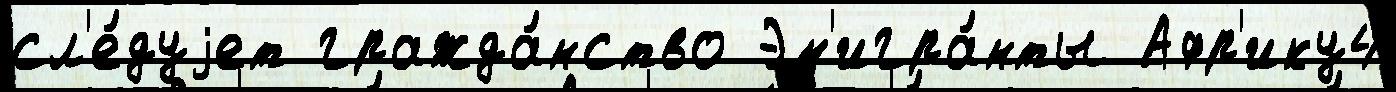
сл'е́дуjет гражда́нство Эм'игра́нты Афр'ику4